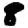
Digit: 8